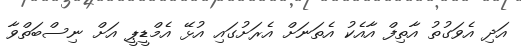
އަދި އެވަގުތު އާތިފް އާއެކު އެތަނަށް އެރަށުގައި އުޅޭ އެމްޑީޕީ އަށް ނިސްބަތްވާ